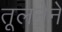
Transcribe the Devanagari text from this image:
तूलनेने